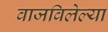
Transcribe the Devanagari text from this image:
वाजविलेल्या